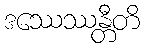
ဒဿေဿန္တီတိ